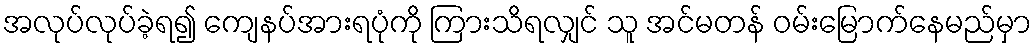
အလုပ်လုပ်ခဲ့ရ၍ ကျေနပ်အားရပုံကို ကြားသိရလျှင် သူ အင်မတန် ဝမ်းမြောက်နေမည်မှာ